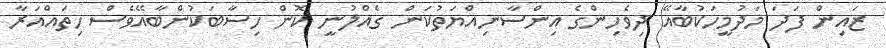
ޒައިން ފަދަ މަދުމީހަކުބާއޭ ދިވެހިންގެ އިންސާނިއްޔަތުކަން ގެއްލުނީ ކޮން ހިސާބަކުންބާއޭވެސް ހިތައްއަރާ